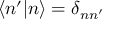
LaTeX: \langle n ^ { \prime } | n \rangle = \delta _ { n n ^ { \prime } }